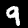
Label: 9